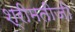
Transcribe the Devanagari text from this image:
श्रीमतीजी